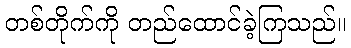
တစ်တိုက်ကို တည်ထောင်ခဲ့ကြသည်။